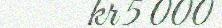
kr 5 000